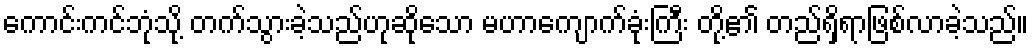
ကောင်းကင်ဘုံသို့ တက်သွားခဲ့သည်ဟုဆိုသော မဟာကျောက်ခုံးကြီး တို့၏ တည်ရှိရာဖြစ်လာခဲ့သည်။